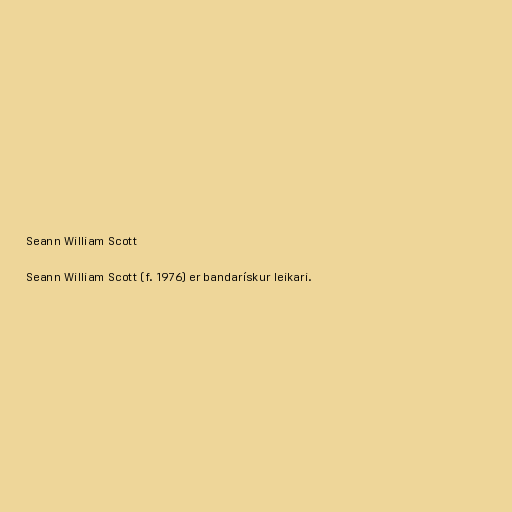
Seann William Scott

Seann William Scott (f. 1976) er bandarískur leikari.